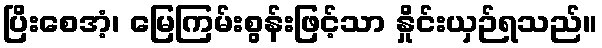
ပြိးစေအံ့၊ မြေကြမ်းစွန်းဖြင့်သာ နှိုင်းယှဉ်ရသည်။